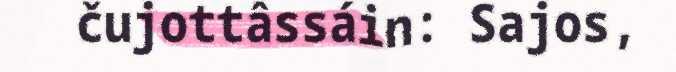
čujottâssáin: Sajos,